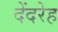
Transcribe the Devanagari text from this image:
देंदरेह